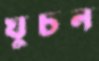
ঘুচন